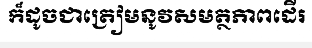
ក៏ដូចជាត្រៀមនូវសមត្ថភាពដើរ